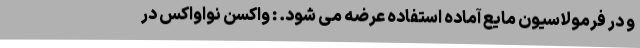
و در فرمولاسیون مایع آماده استفاده عرضه می شود. : واکسن نواواکس در